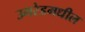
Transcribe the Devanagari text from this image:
उमरेडमधील